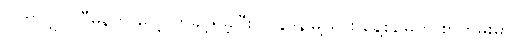
ဗြိတိသျှပါလီမန်ကို လေ့လာခွင့်ရခဲ့ပြီး လန်ဒန်မြို့သွား နေ့စဉ်မှတ် စာတမ်းမှာ